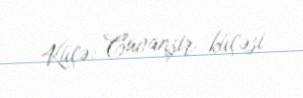
Küçə: Cavanşir küçəsi